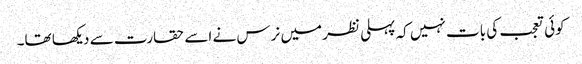
کوئی تعجب کی بات نہیں کہ پہلی نظر میں نرس نے اسے حقارت سے دیکھا تھا۔